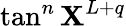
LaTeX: \tan^{n}\mathbf{X}^{L+q}